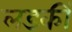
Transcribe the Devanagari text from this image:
लडकीं